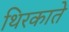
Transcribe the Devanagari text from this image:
थिरकाते